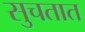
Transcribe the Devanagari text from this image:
सुचतात